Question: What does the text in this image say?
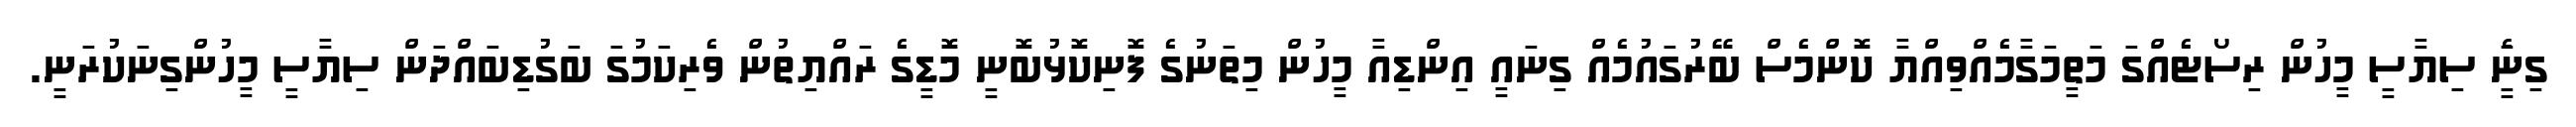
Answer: ގިނަެީ ސިޔާސީ މީހުން ރިސޯޓެއްގަ މަތީމަގާމެއްވިއްޔާ ކޮންމެސް ބޭރުގައުމެއް ގިނައީ އިންޑިއާ މީހުން މިތަނުގެ ފޮނިކޮޅުބޮނީ މޮޑީގެ ރައްޔިތުން ވެރިކަމުގަ ބަގުޑިބައްދަން ސިޔާސީ މީހުންގިނަކުރަނީ.